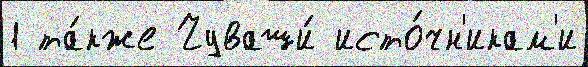
1 та́кже Чуваши́ исто́чн'икам'и